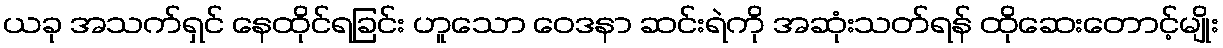
ယခု အသက်ရှင် နေထိုင်ရခြင်း ဟူသော ဝေဒနာ ဆင်းရဲကို အဆုံးသတ်ရန် ထိုဆေးတောင့်မျိုး